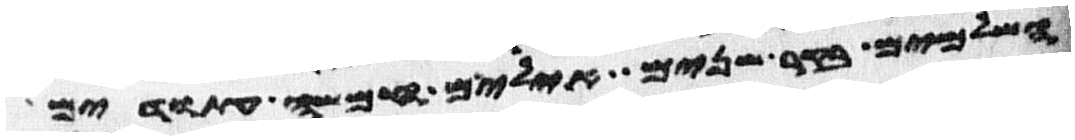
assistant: השלמים בקר שנים אילים חמשה עתודים